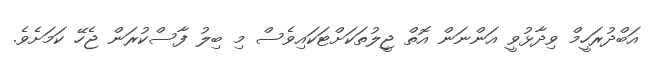
އަބްދުރަހީމް ވިދާޅުވީ އަންނަން އޮތް ޖީލުތަކަށްޓަކައިވެސް މި ބިލު ފާސްކުރަން ޖެހޭ ކަމަށެވެ.